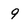
Character: 9